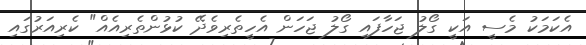
އެކަމަކު މެސީ އަކީ ގޯލު ޖަހާފައި ގޯލު ޖަހަން އެހީތެރިވެދޭ ކުޅުންތެރިއެއް" ކެރިއަރުގައި